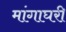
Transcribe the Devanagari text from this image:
मांगाघरी